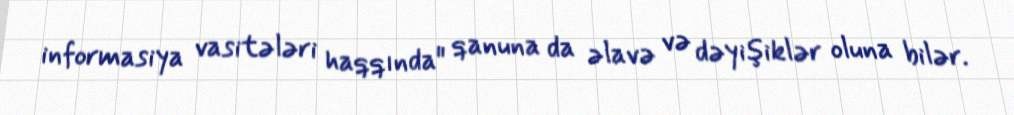
informasiya vasitələri haqqında" qanuna da əlavə və dəyişiklər oluna bilər.